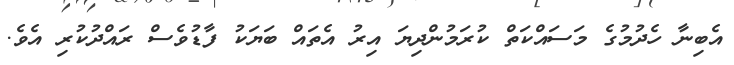
އެބިނާ ހެދުމުގެ މަސައްކަތް ކުރަމުންދިޔަ އިރު އެތައް ބަޔަކު ފާޑުވެސް ރައްދުކުރި އެވެ.